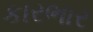
કારભાર